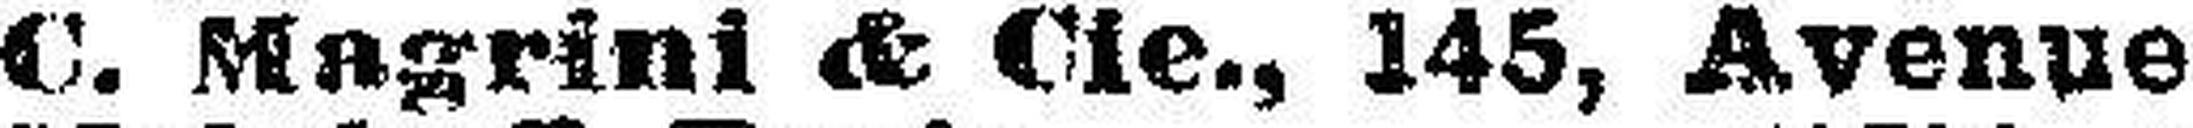
C. Magrini & Cie., 145, Avenue